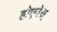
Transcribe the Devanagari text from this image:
होएनेस्